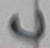
Text: C